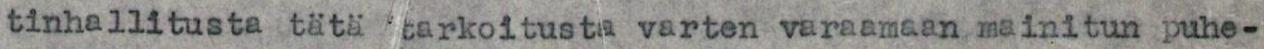
tinhallitusta tätä tarkoitusta varten varaamaan mainitun puhe-